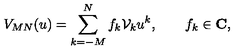
V _ { M N } ( u ) = \sum _ { k = - M } ^ { N } f _ { k } { \cal V } _ { k } u ^ { k } , \qquad f _ { k } \in { \bf C } ,